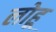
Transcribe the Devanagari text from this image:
लोहू